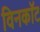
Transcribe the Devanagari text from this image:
विनकॉट